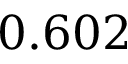
0 . 6 0 2